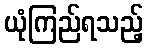
ယုံကြည်ရသည့်